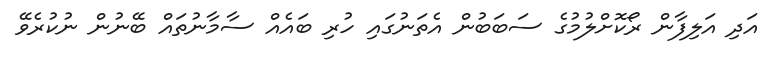
އަދި އަލިފާން ރޯކޮށްލުމުގެ ސަބަބުން އެތަނުގައި ހުރި ބައެއް ސާމާނުތައް ބޭނުން ނުކުރެވޭ